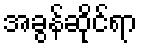
အခွန်ဆိုင်ရာ